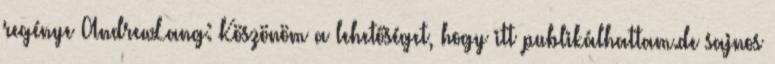
regénye AndrewLang: Köszönöm a lehetőséget, hogy itt publikálhattam.de sajnos